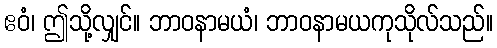
ဧဝံ၊ ဤသို့လျှင်။ ဘာဝနာမယံ၊ ဘာဝနာမယကုသိုလ်သည်။